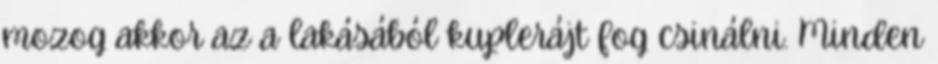
mozog akkor az a lakásából kuplerájt fog csinálni. Minden